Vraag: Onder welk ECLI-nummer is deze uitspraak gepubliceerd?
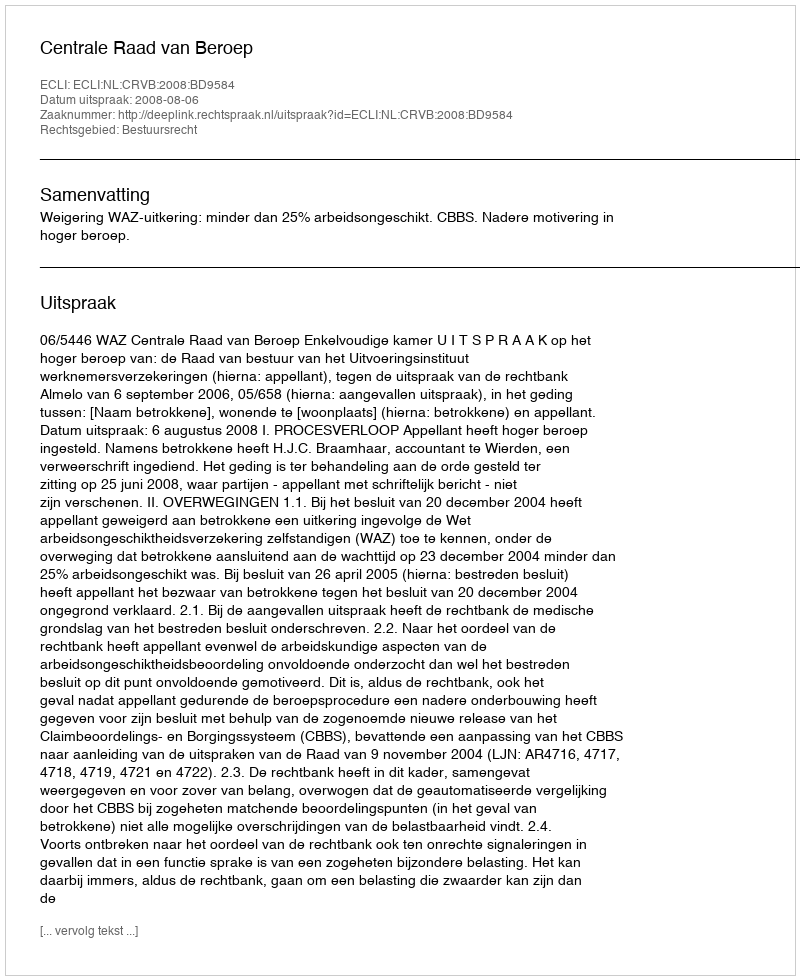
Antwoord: ECLI:NL:CRVB:2008:BD9584